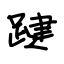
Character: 踺